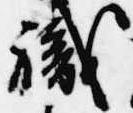
職